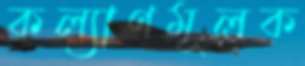
কল্যাণমূলক